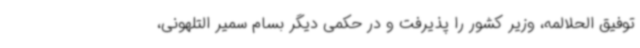
توفیق الحلالمه، وزیر کشور را پذیرفت و در حکمی دیگر بسام سمیر التلهونی،